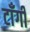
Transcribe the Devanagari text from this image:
टाँगी